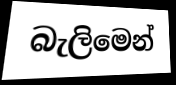
බැලිමෙන්